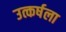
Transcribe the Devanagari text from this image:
उत्कर्षला